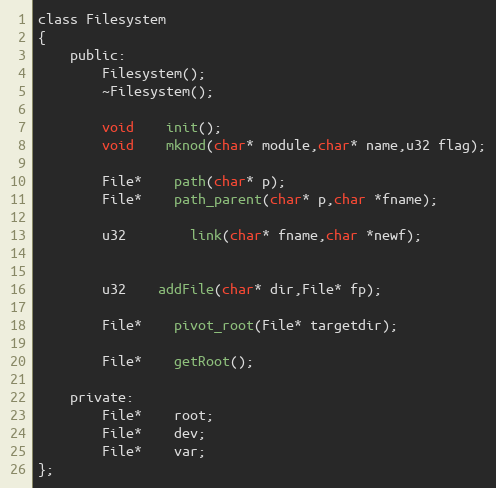
Language: C
class Filesystem
{
	public:
		Filesystem();
		~Filesystem();

		void 	init();
		void	mknod(char* module,char* name,u32 flag);

		File* 	path(char* p);
		File* 	path_parent(char* p,char *fname);

		u32		link(char* fname,char *newf);

		u32 	addFile(char* dir,File* fp);

		File* 	pivot_root(File* targetdir);

		File*	getRoot();

	private:
		File*	root;
		File*	dev;
		File*	var;
};